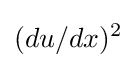
(du/dx)^{2}